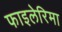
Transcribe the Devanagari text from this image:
फाइलेरिमा